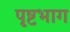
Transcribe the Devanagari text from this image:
पृष्टभाग